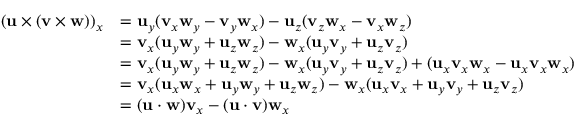
{ \begin{array} { r l } { ( \mathbf { u } \times ( \mathbf { v } \times \mathbf { w } ) ) _ { x } } & { = \mathbf { u } _ { y } ( \mathbf { v } _ { x } \mathbf { w } _ { y } - \mathbf { v } _ { y } \mathbf { w } _ { x } ) - \mathbf { u } _ { z } ( \mathbf { v } _ { z } \mathbf { w } _ { x } - \mathbf { v } _ { x } \mathbf { w } _ { z } ) } \\ & { = \mathbf { v } _ { x } ( \mathbf { u } _ { y } \mathbf { w } _ { y } + \mathbf { u } _ { z } \mathbf { w } _ { z } ) - \mathbf { w } _ { x } ( \mathbf { u } _ { y } \mathbf { v } _ { y } + \mathbf { u } _ { z } \mathbf { v } _ { z } ) } \\ & { = \mathbf { v } _ { x } ( \mathbf { u } _ { y } \mathbf { w } _ { y } + \mathbf { u } _ { z } \mathbf { w } _ { z } ) - \mathbf { w } _ { x } ( \mathbf { u } _ { y } \mathbf { v } _ { y } + \mathbf { u } _ { z } \mathbf { v } _ { z } ) + ( \mathbf { u } _ { x } \mathbf { v } _ { x } \mathbf { w } _ { x } - \mathbf { u } _ { x } \mathbf { v } _ { x } \mathbf { w } _ { x } ) } \\ & { = \mathbf { v } _ { x } ( \mathbf { u } _ { x } \mathbf { w } _ { x } + \mathbf { u } _ { y } \mathbf { w } _ { y } + \mathbf { u } _ { z } \mathbf { w } _ { z } ) - \mathbf { w } _ { x } ( \mathbf { u } _ { x } \mathbf { v } _ { x } + \mathbf { u } _ { y } \mathbf { v } _ { y } + \mathbf { u } _ { z } \mathbf { v } _ { z } ) } \\ & { = ( \mathbf { u } \cdot \mathbf { w } ) \mathbf { v } _ { x } - ( \mathbf { u } \cdot \mathbf { v } ) \mathbf { w } _ { x } } \end{array} }